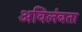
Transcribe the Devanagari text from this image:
अविलंबता